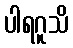
ပါရဂူသိ